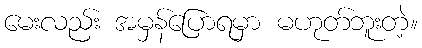
မေးလည်း အမှန်ပြောရမှာ မဟုတ်ဘူးတဲ့။